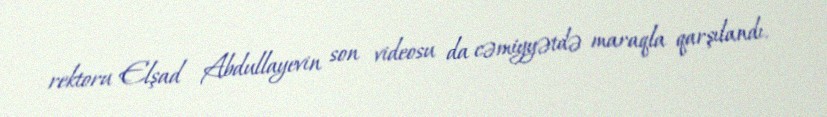
rektoru Elşad Abdullayevin son videosu da cəmiyyətdə maraqla qarşılandı.